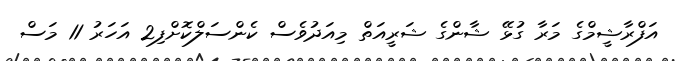
އަފްރާޝީމްގެ މަރާ ގުޅޭ ޝާންގެ ޝަރީއަތް މިއަދުވެސް ކެންސަލްކޮށްފި2 އަހަރު 11 މަސް